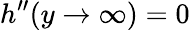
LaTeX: h^{\prime\prime}(y\rightarrow\infty)=0